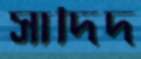
সাদিদ